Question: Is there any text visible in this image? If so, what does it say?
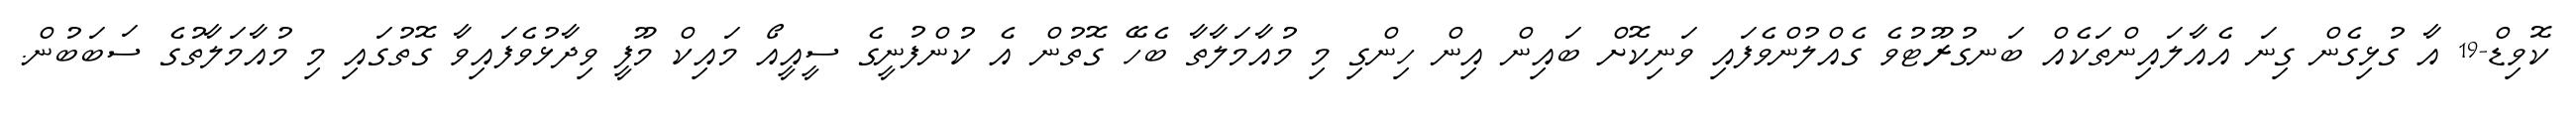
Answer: ކޮވިޑް-19 އާ ގުޅިގެން ގިނަ އެއާލައިންތަކެއް ބަނގުރޫޓުވެ ގެއްލުންވެފައި ވަނިކޮށް ބައިން އިން ހިންގި މި މުއާމަލާތާ ބެހޭ ގޮތުން އެ ކުންފުނީގެ ސީއީއޯ މައިކް މޫފީ ވިދާޅުވެފައިވާ ގޮތުގައި މި މުއާމަލާތުގެ ސަބަބުން.